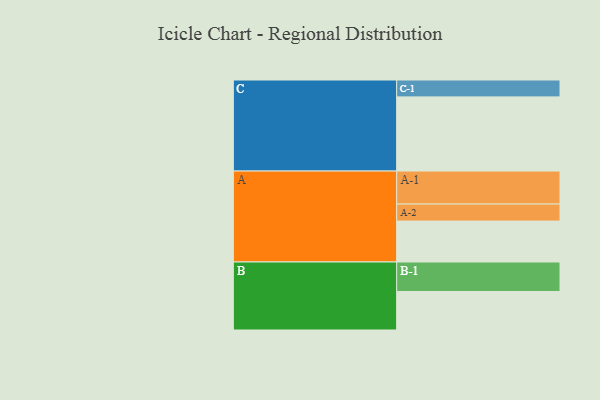
{"axis": {"x": "Segment", "y": "Value"}, "legend": ["", "A", "B", "C"], "data": [{"x": "A", "y": 325, "type": ""}, {"x": "B", "y": 306, "type": ""}, {"x": "C", "y": 589, "type": ""}, {"x": "A-1", "y": 262, "type": "A"}, {"x": "A-2", "y": 135, "type": "A"}, {"x": "B-1", "y": 234, "type": "B"}, {"x": "C-1", "y": 134, "type": "C"}]}